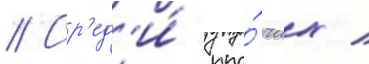
// Ср'ед'и́ про́чих /